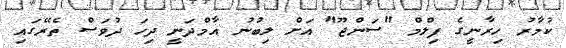
ކުމާރު ހިރާނީގެ ފިލްމް "ސަންޖޫ" އަށް ލިބުނު އާމްދަނީ ދިހަ ދުވަސް ތެރޭގައި